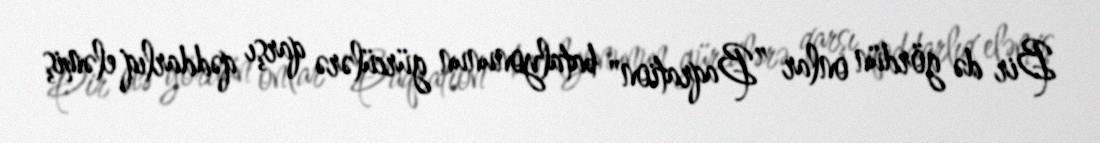
Bir də gördün onlar ”Baqration" batalyonunun gürcülərə qarşı qəddarlıq eləmiş